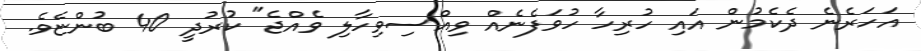
އަހަރެނެ ދެކެމުން އައި ހުރިހާ ހުވަފެނެއް ވިއްސިވިހާލި ވެއްޖެ" ކުުރުދީ 40 ބުންޏެވެ.